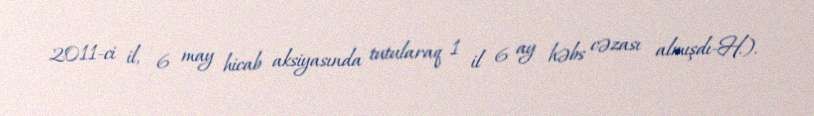
2011-ci il, 6 may hicab aksiyasında tutularaq 1 il 6 ay həbs cəzası almışdı-H.).